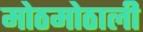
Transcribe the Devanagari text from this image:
मोठमोठाली